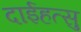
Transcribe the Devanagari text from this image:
दाईहत्सु